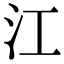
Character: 江